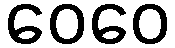
ဝေဝေ